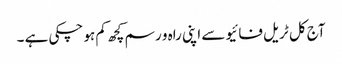
آج کل ٹریل فائیو سے اپنی راہ و رسم کچھ کم ہو چکی ہے ۔